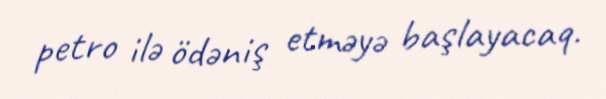
petro ilə ödəniş etməyə başlayacaq.